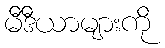
မီဒီယာများကို